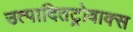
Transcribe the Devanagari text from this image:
उत्पादितट्रोवाक्स